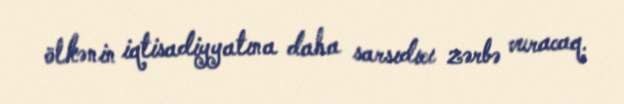
ölkənin iqtisadiyyatına daha sarsıdıcı zərbə vuracaq.